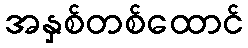
အနှစ်တစ်ထောင်